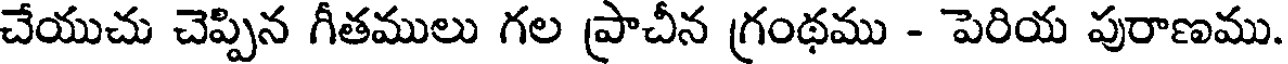
చేయుచు చెప్పిన గీతములు గల ప్రాచీన గ్రంథము - పెరియ పురాణము.